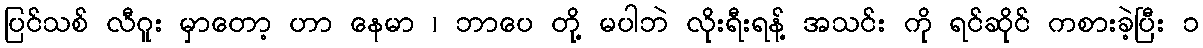
ပြင်သစ် လီဂူး မှာတော့ ဟာ နေမာ ၊ ဘာပေ တို့ မပါဘဲ လိုးရီးရန့် အသင်း ကို ရင်ဆိုင် ကစားခဲ့ပြီး ၁